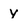
Character: y